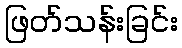
ဖြတ်သန်းခြင်း